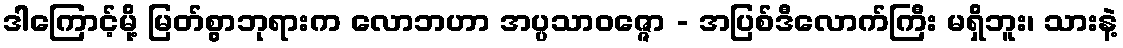
ဒါကြောင့်မို့ မြတ်စွာဘုရားက လောဘဟာ အပ္ပသာဝဇ္ဇော - အပြစ်ဒီလောက်ကြီး မရှိဘူး၊ သားနဲ့